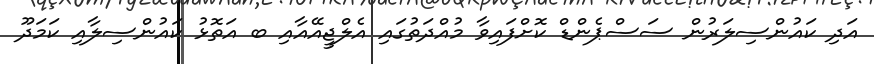
އަދި ކައުންސިލަރުން ސަސްޕެންޑް ކޮށްފައިވާ މުއްދަތުގައި އެލްޖީއޭއާއި ބ އަތޮޅު ކައުންސިލާއި ކަމަދޫ